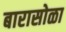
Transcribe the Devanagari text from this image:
बारासोळा